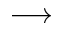
\longrightarrow